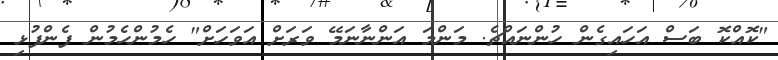
"ކޮއްކޮ ބަސް އަހައިގެން ހުންނައްޗެ. މަންމަ އަންނާނަމޭ ވަރަށް އަވަހަށް" ހެމުންހެމުން ފެންފުޅި